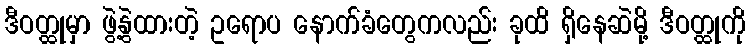
ဒီဝတ္ထုမှာ ဖွဲ့နွဲထားတဲ့ ဥရောပ နောက်ခံတွေကလည်း ခုထိ ရှိနေဆဲမို့ ဒီဝတ္ထုကို